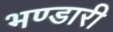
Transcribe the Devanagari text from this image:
भण्‍डारी